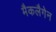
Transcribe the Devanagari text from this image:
मैकलैगेन